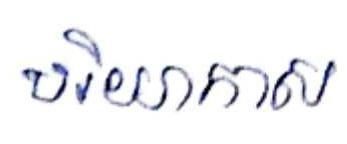
បរិយាកាស